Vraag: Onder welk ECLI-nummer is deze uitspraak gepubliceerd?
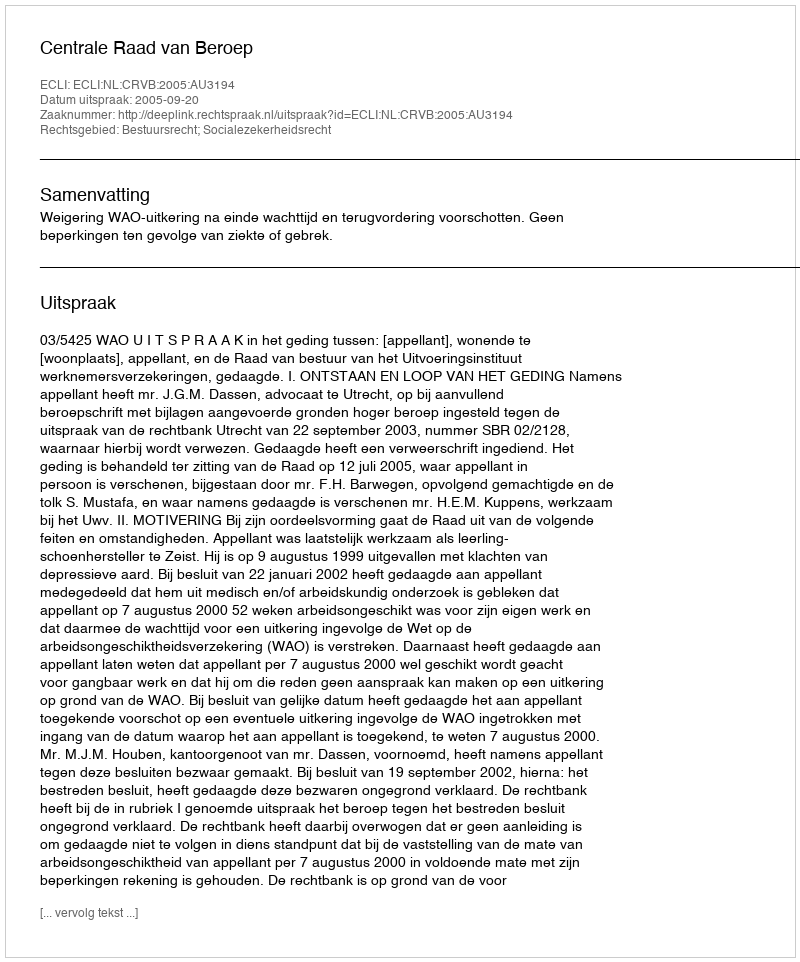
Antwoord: ECLI:NL:CRVB:2005:AU3194